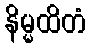
နိမ္မထိတံ